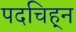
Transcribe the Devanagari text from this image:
पदचिह्‌न